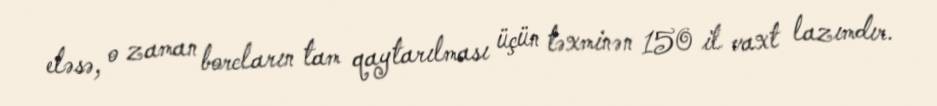
eləsə, o zaman borcların tam qaytarılması üçün təxminən 150 il vaxt lazımdır.